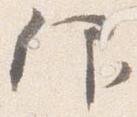
仰